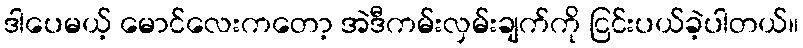
ဒါပေမယ့် မောင်လေးကတော့ အဲဒီကမ်းလှမ်းချက်ကို ငြင်းပယ်ခဲ့ပါတယ်။